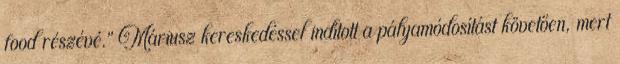
food részévé.” Máriusz kereskedéssel indított a pályamódosítást követően, mert